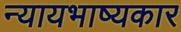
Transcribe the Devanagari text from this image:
न्यायभाष्यकार